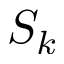
S _ { k }